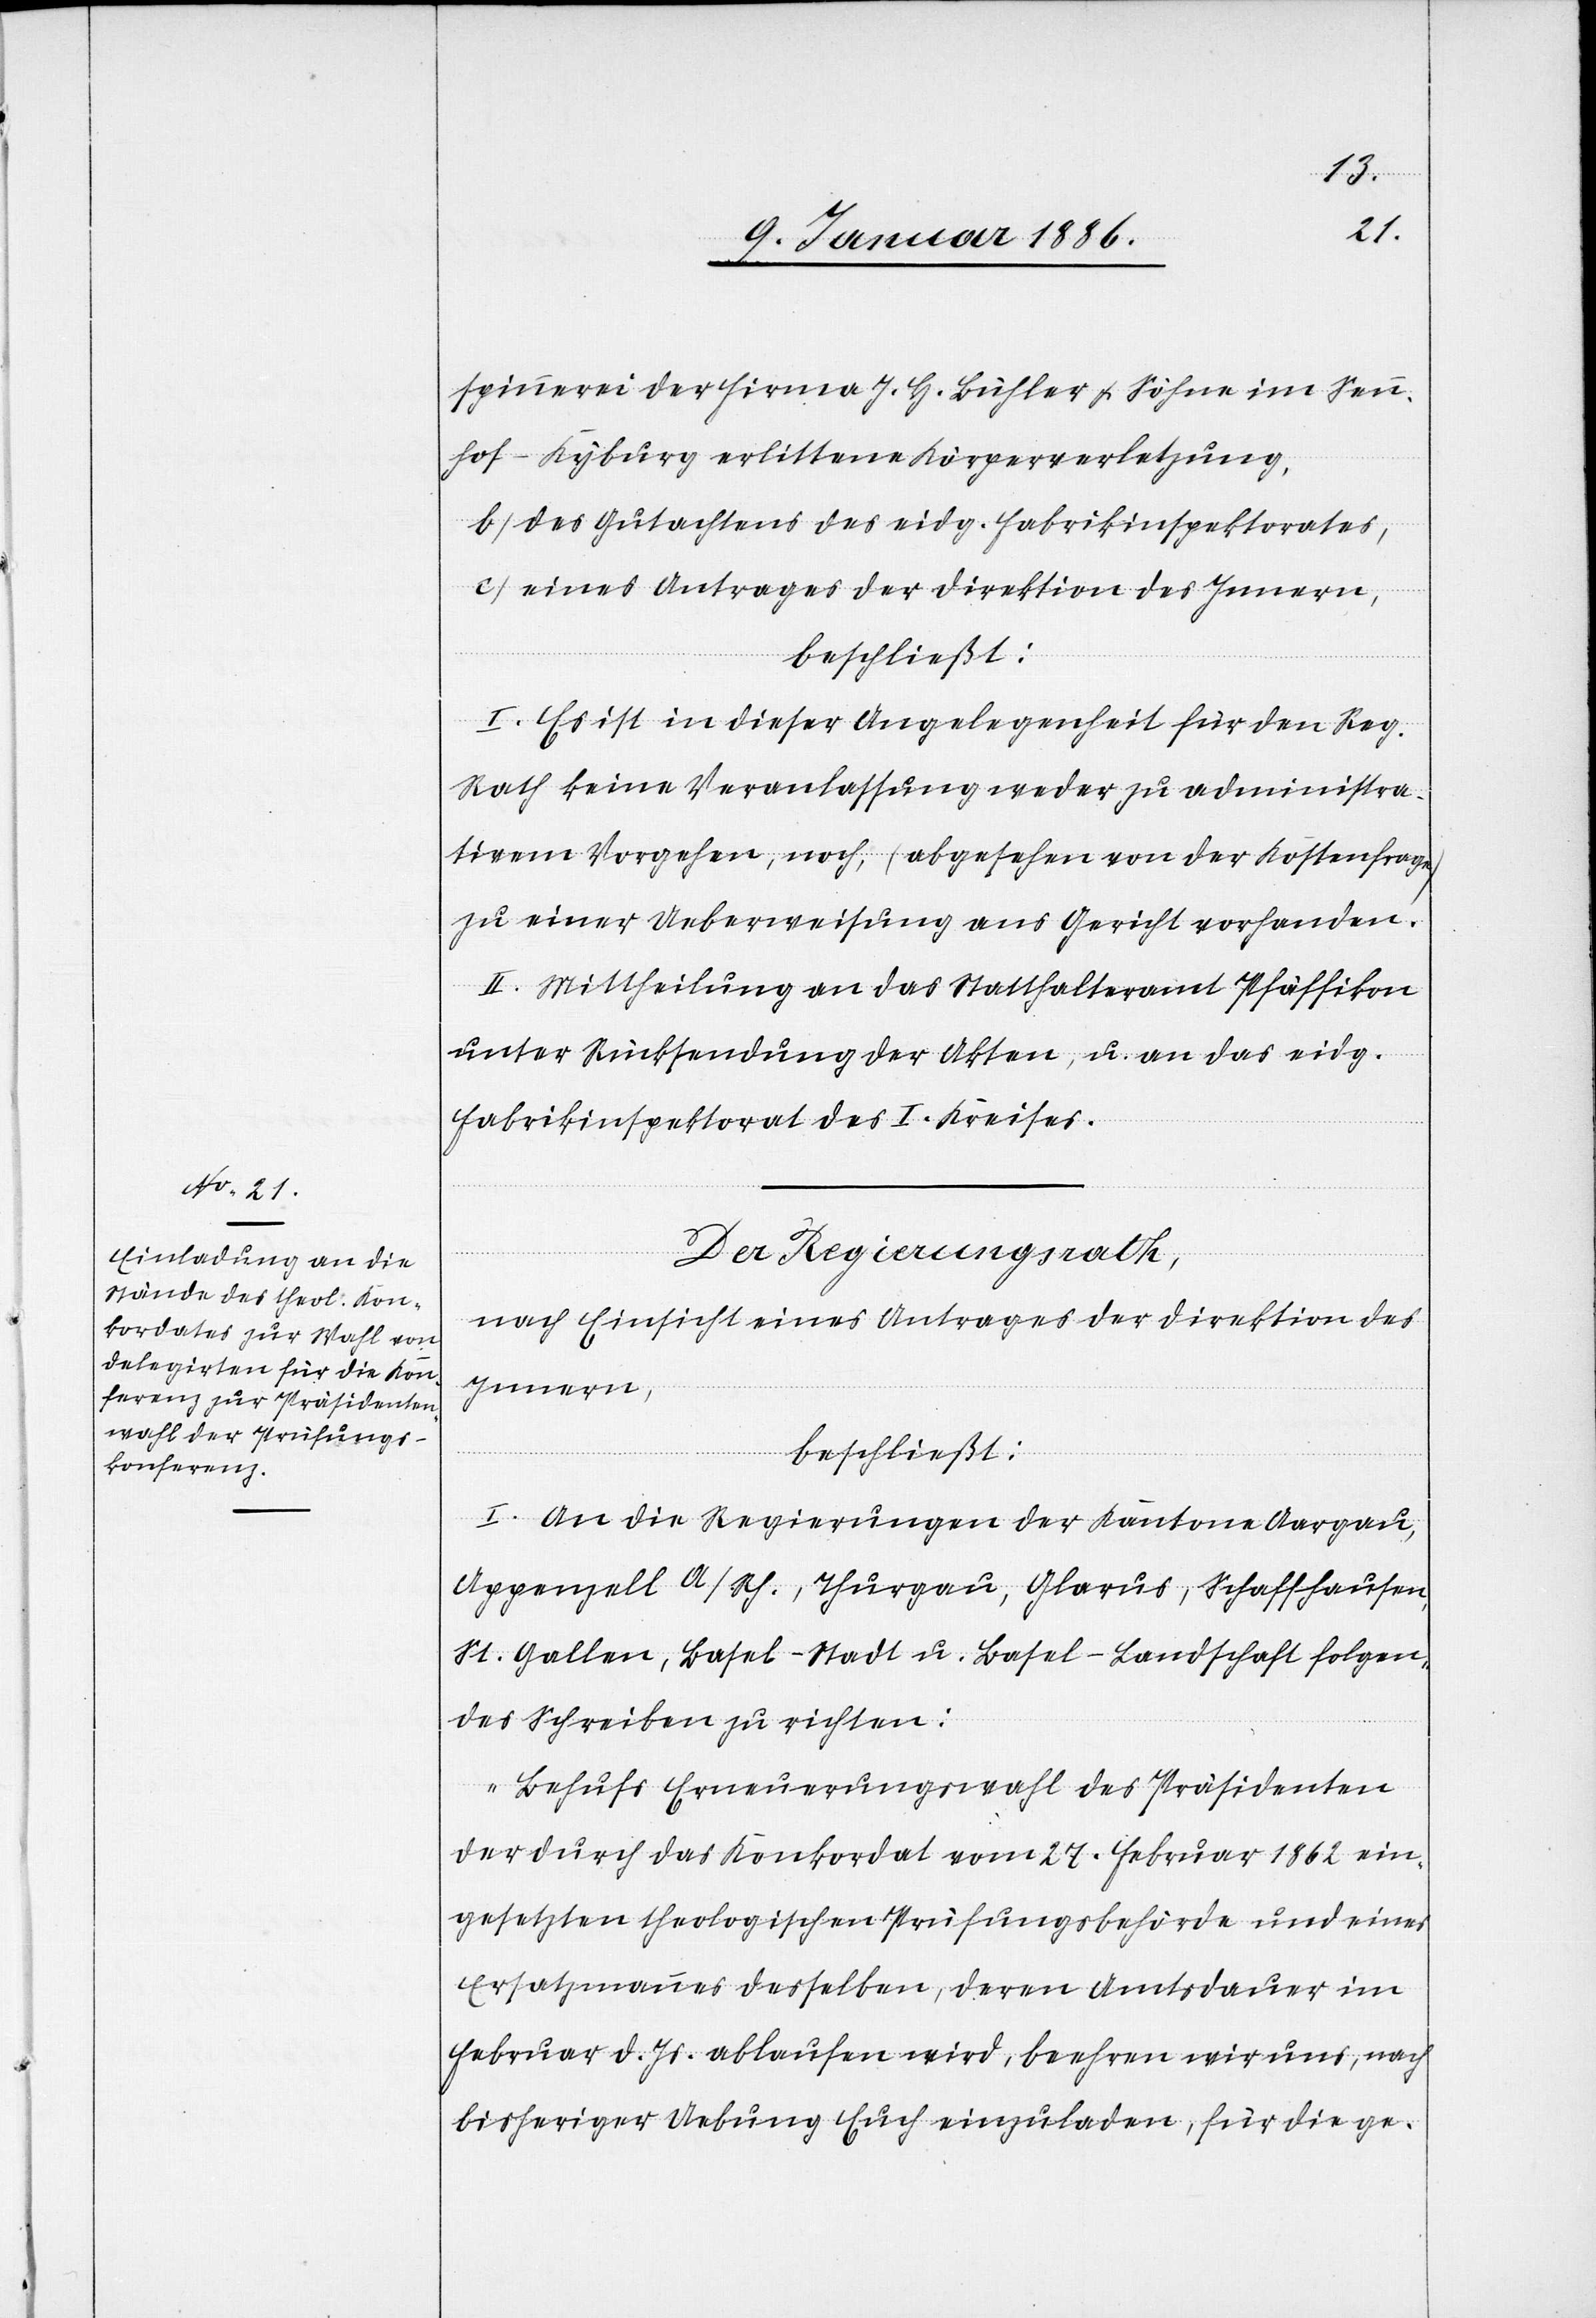
spinnerei der Firma J. H. Bühler & Söhne im Senn¬
hof - Kyburg erlittenen Körperverletzung,
b) des Gutachtens des eidg. Fabrikinspektorates,
c) eines Antrages der Direktion des Innern,
beschließt:
I. Es ist in dieser Angelegenheit für den Reg.
Rath keine Veranlassung weder zu administra¬
tivem Vorgehen, noch, (abgesehen von der Kostenfrage)
zu einer Ueberweisung ans Gericht vorhanden.
II. Mittheilung an das Statthalteramt Pfäffikon
unter Rücksendung der Akten, u. an das eidg.
Fabrikinspektorat des I. Kreises.
Der Regierungsrath,
nach Einsicht eines Antrages der Direktion des
Innern,
beschließt:
I. An die Regierungen der Kantone Aargau,
Appenzell A/Rh., Thurgau, Glarus, Schaffhausen,
St. Gallen, Basel-Stadt u. Basel-Landschaft folgen¬
des Schreiben zu richten:
„Behufs Erneuerungswahl des Präsidenten
der durch das Konkordat vom 27. Februar 1862 ein¬
gesetzten theologischen Prüfungsbehörde und eines
Ersatzmannes desselben, deren Amtsdauer im
Februar d. Js. ablaufen wird, beehren wir uns, nach
bisheriger Uebung Euch einzuladen, für die ge-